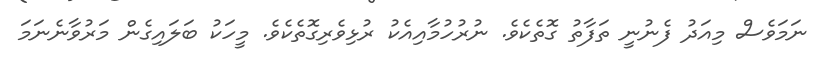
ނަމަވެސް މިއަދު ފެނުނީ ތަފާތު ގޮތެކެވެ. ނުރުހުމާއިއެކު ރުޅިވެރިގޮތެކެވެ. މީހަކު ބަލައިގެން މަރުވާނެނަމަ